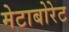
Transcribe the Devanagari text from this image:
मेटाबोरेट